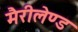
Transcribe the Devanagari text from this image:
मैरीलेण्ड